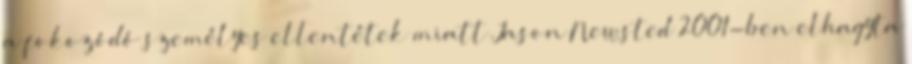
a fokozódó személyes ellentétek miatt Jason Newsted 2001-ben elhagyta